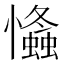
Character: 𢥕